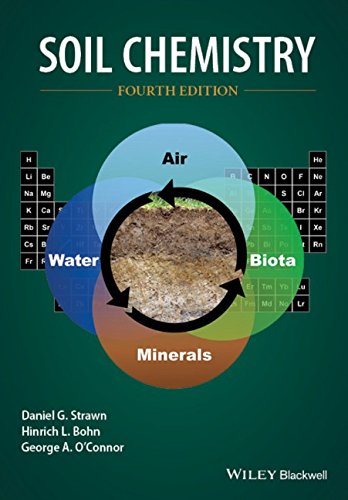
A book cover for Soil Chemistry; Daniel G. Strawn; Science & Math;